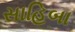
સાહિબા